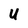
Character: U